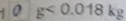
1 0 g < 0 . 0 1 8 k g